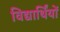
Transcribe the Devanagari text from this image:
विद्यार्थिंयों